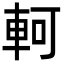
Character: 軻